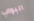
البواب